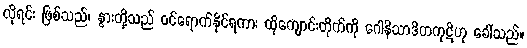
လိုရင်း ဖြစ်သည်၊ နွားတို့သည် ဝင်ရောက်နိုင်ရကား ထိုကျောင်းတိုက်ကို ဂေါနိသာဒိကကုဋိဟု ခေါ်သည်။